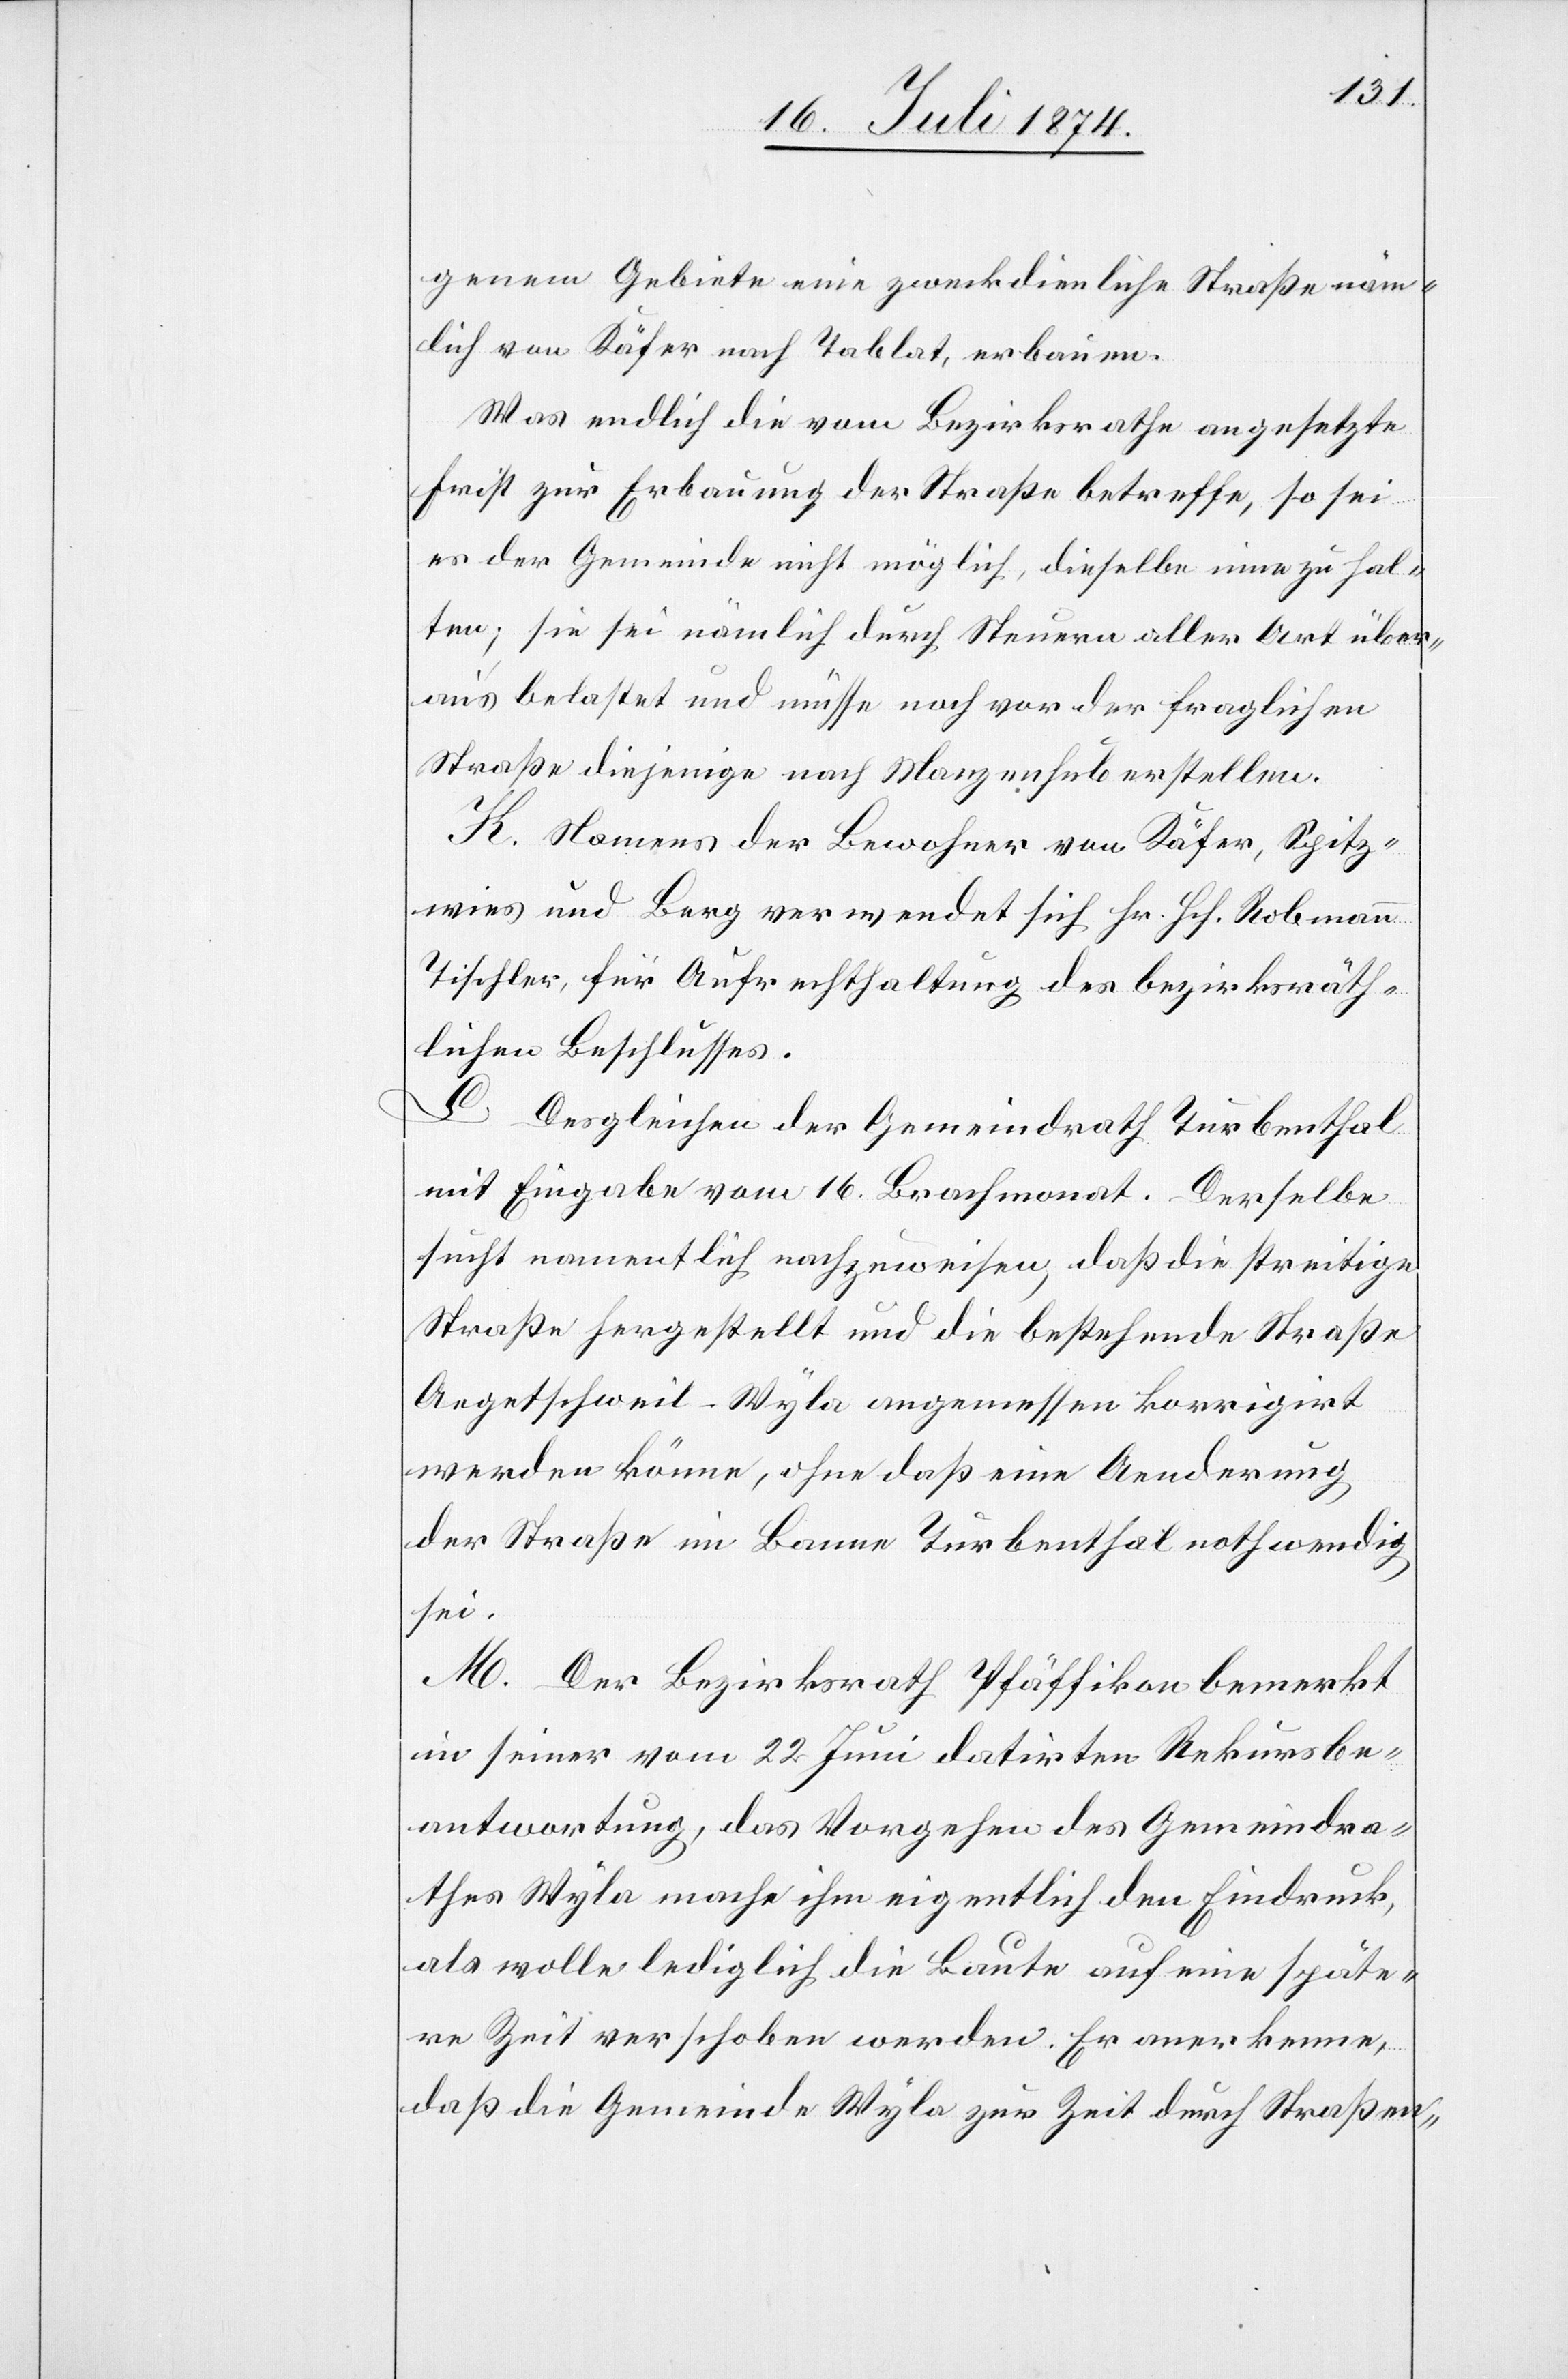
genem Gebiete eine zweckdienliche Straße näm¬
lich von Käfer nach Tablat, erbauen.
Was endlich die vom Bezirksrathe angesetzte
Frist zur Erbauung der Straße betreffe, so sei
es der Gemeinde nicht möglich, dieselbe innezuhal¬
ten; sie sei nämlich durch Steuern aller Art über¬
aus belastet und müsse noch vor der fraglichen
Straße diejenige nach Manzenhub erstellen.
K. Namens der Bewohner von Käfer, Spitz¬
wies und Berg verwendet sich Hr. Hch. Robmann[,]
Tischler, für Aufrechthaltung des bezirksräth¬
lichen Beschlusses.
Desgleichen der Gemeindrath Turbenthal
mit Eingabe vom 16. Brachmonat. Derselbe
sucht namentlich nachzuweisen, daß die streitige
Straße hergestellt und die bestehende Straße
Aegetschweil–Wyla angemessen korrigirt
werden könne, ohne daß eine Aenderung
der Straße im Banne Turbenthal nothwendig
sei.
M. Der Bezirksrath Pfäffikon bemerkt
in seiner vom 22. Juni datirten Rekursbe¬
antwortung, das Vorgehen des Gemeindra¬
thes Wyla mache ihm eigentlich den Eindruck,
als wolle lediglich die Baute auf eine späte¬
re Zeit verschoben werden. Er anerkenne,
daß die Gemeinde Wyla zur Zeit durch Straßen-